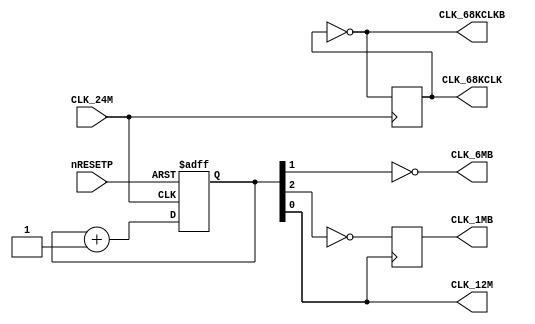
module clocks(
	input CLK_24M,
	input nRESETP,
	output CLK_12M,
	output reg CLK_68KCLK = 1'b0,	// Real hw doesn't clearly init DFF, this needs to be checked
	output CLK_68KCLKB,
	output CLK_6MB,
	output reg CLK_1MB
);

	reg [2:0] CLK_DIV;
	wire CLK_3M;
	
	// MV4 C4:A
	always @(posedge CLK_24M)
		CLK_68KCLK <= ~CLK_68KCLK;
	
	assign CLK_68KCLKB = ~CLK_68KCLK;
	
	always @(negedge CLK_24M or negedge nRESETP)
	begin
		if (!nRESETP)
			CLK_DIV <= 3'b100;
		else
			CLK_DIV <= CLK_DIV + 1'b1;
	end
	
	assign CLK_12M = CLK_DIV[0];
	assign CLK_6MB = ~CLK_DIV[1];
	assign CLK_3M = CLK_DIV[2];
	
	// MV4 C4:B
	always @(posedge CLK_12M)
		CLK_1MB <= ~CLK_3M;
	
endmodule